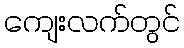
ကျေးလက်တွင်